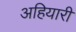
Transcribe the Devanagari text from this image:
अहियारी